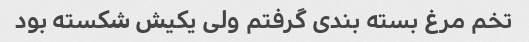
تخم مرغ بسته بندی گرفتم ولی یکیش شکسته بود